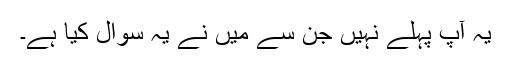
یہ آپ پہلے نہیں جن سے میں نے یہ سوال کیا ہے۔